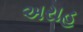
અરાહ